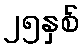
၂၅နှစ်